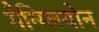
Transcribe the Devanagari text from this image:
गैन्ग्लियोन